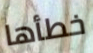
خطأها